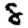
Digit: 8